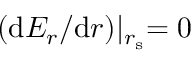
( \mathrm { d } E _ { r } / \mathrm { d } r ) \lvert _ { r _ { \mathrm { s } } } = 0